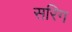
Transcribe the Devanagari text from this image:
सरिग